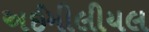
અઈમીલીયલ